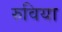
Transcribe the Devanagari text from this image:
रुविया